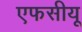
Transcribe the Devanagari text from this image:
एफसीयू